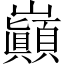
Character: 巓